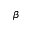
\beta